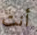
أنت